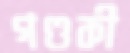
গণ্ডকী